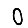
Digit: 0